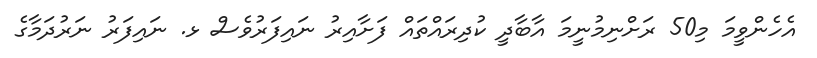
އެހެންވީމަ މި50 ރަށްނިމުނީމަ އާބާދީ ކުދިރައްތައް ފަށާއިރު ނައިފަރުވެސް ޅ. ނައިފަރު ނަރުދަމާގެ